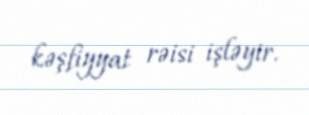
kəşfiyyat rəisi işləyir.